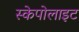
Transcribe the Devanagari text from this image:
स्केपोलाइट